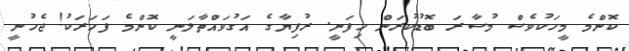
ކޮންމެ މީހަކުވެސް މުސާރަ ބޮޑުކުރަން ހިފަނީ. ރުފިޔާގެ އަގުވައްތާލަނީ ކޮންމެ ފަހަރަކު! ޖެހުނީ